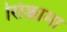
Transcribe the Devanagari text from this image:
सिक्कामा